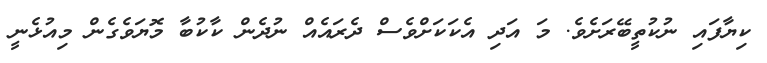
ކިޔާފައި ނުކުތީބޭރަށެވެ. މަ އަދި އެކަކަށްވެސް ދެރައެއް ނުދެން ކާކުބާ މޮޔަވެގެން މިއުޅެނީ